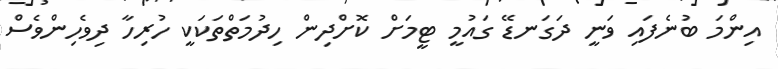
އިންމަ ބުނެފައި ވަނީ ދަގަނޑޭ ގައުމީ ޓީމަށް ކޮށްދިން ހިދުމަތްތަކަކީ ހުރިހާ ދިވެހިންވެސް